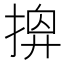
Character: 𢰘